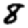
Digit: 8